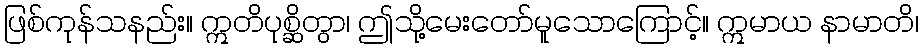
ဖြစ်ကုန်သနည်း။ ဣတိပုစ္ဆိတွာ၊ ဤသို့မေးတော်မူသောကြောင့်။ ဣမာယ နာမာတိ၊